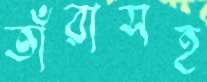
তাঁরাসহ